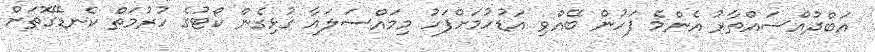
އަބްދުއްސައްތާރު އެންމެ ފަހުން ބޭއްވި އަޑުހުމަށްފަހު މިމައްސަލައާ ގުޅިގެން ކޯޓުގެ ހުރުމަތް ކެނޑޭގޮތަށް